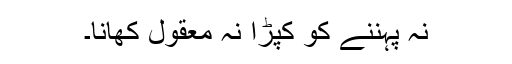
نہ پہننے کو کپڑا نہ معقول کھانا۔